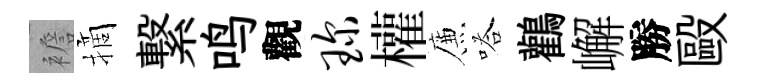
襜摘繋鸣觀琛權簾嗒鸛嶰勝毆